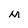
Character: M